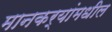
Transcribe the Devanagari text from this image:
मानकर्‍यांमधील